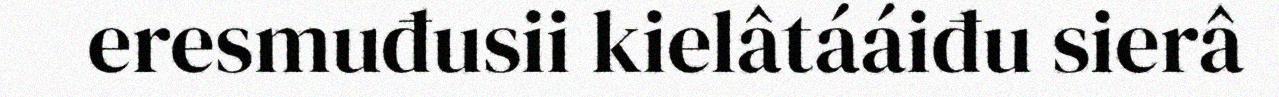
eresmuđusii kielâtááiđu sierâ